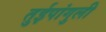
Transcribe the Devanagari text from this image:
तुईपांगुली